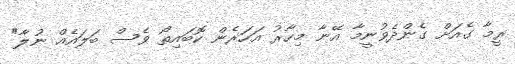
ރީމާ ގެއަށް ގެންދެވުނީމާ އޭނާ މިހާރު އަހަރެން ކޮބައިތޯ ވެސް ބަލައެއް ނުލާ"